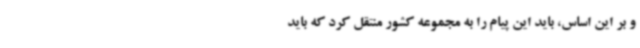
و بر این اساس، باید این پیام را به مجموعه کشور منتقل کرد که باید